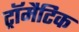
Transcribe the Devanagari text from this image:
ट्रॉमैटिक